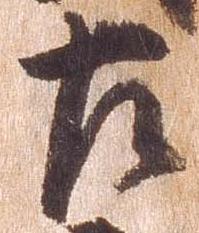
左